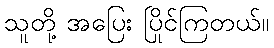
သူတို့ အပြေး ပြိုင်ကြတယ်။